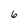
Character: 6